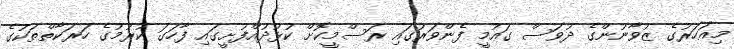
މިއަހަރުގެ ޒުވާނުންގެ ދުވަސް ގައުމީ ފެންވަރުގައި ރަސްމީކޮށް ކުޅުދުއްފުށީގައި ފާހަގަ ކުރުމުގެ ހަރަކާތްތަކުގެ